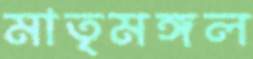
মাতৃমঙ্গল